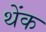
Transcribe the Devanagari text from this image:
थेंक